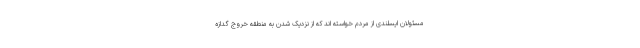
مسئولان ایسلندی از مردم خواسته اند که از نزدیک شدن به منطقه خروج گدازه